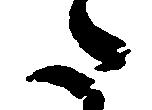
た